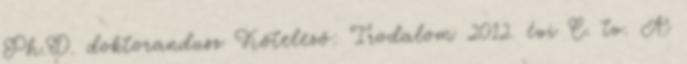
Ph.D. doktorandusz Kötelező: Irodalom 2012. évi C. tv. A